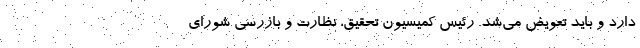
دارد و باید تعویض می‌شد. رئیس کمیسیون تحقیق، نظارت و بازرسی شورای